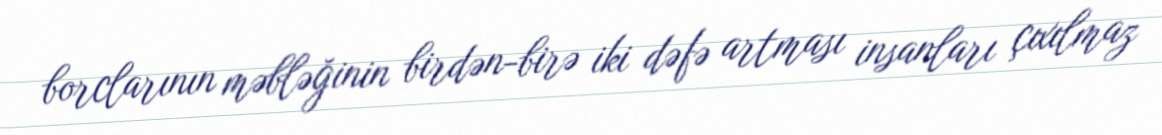
borclarının məbləğinin birdən-birə iki dəfə artması insanları çıxılmaz